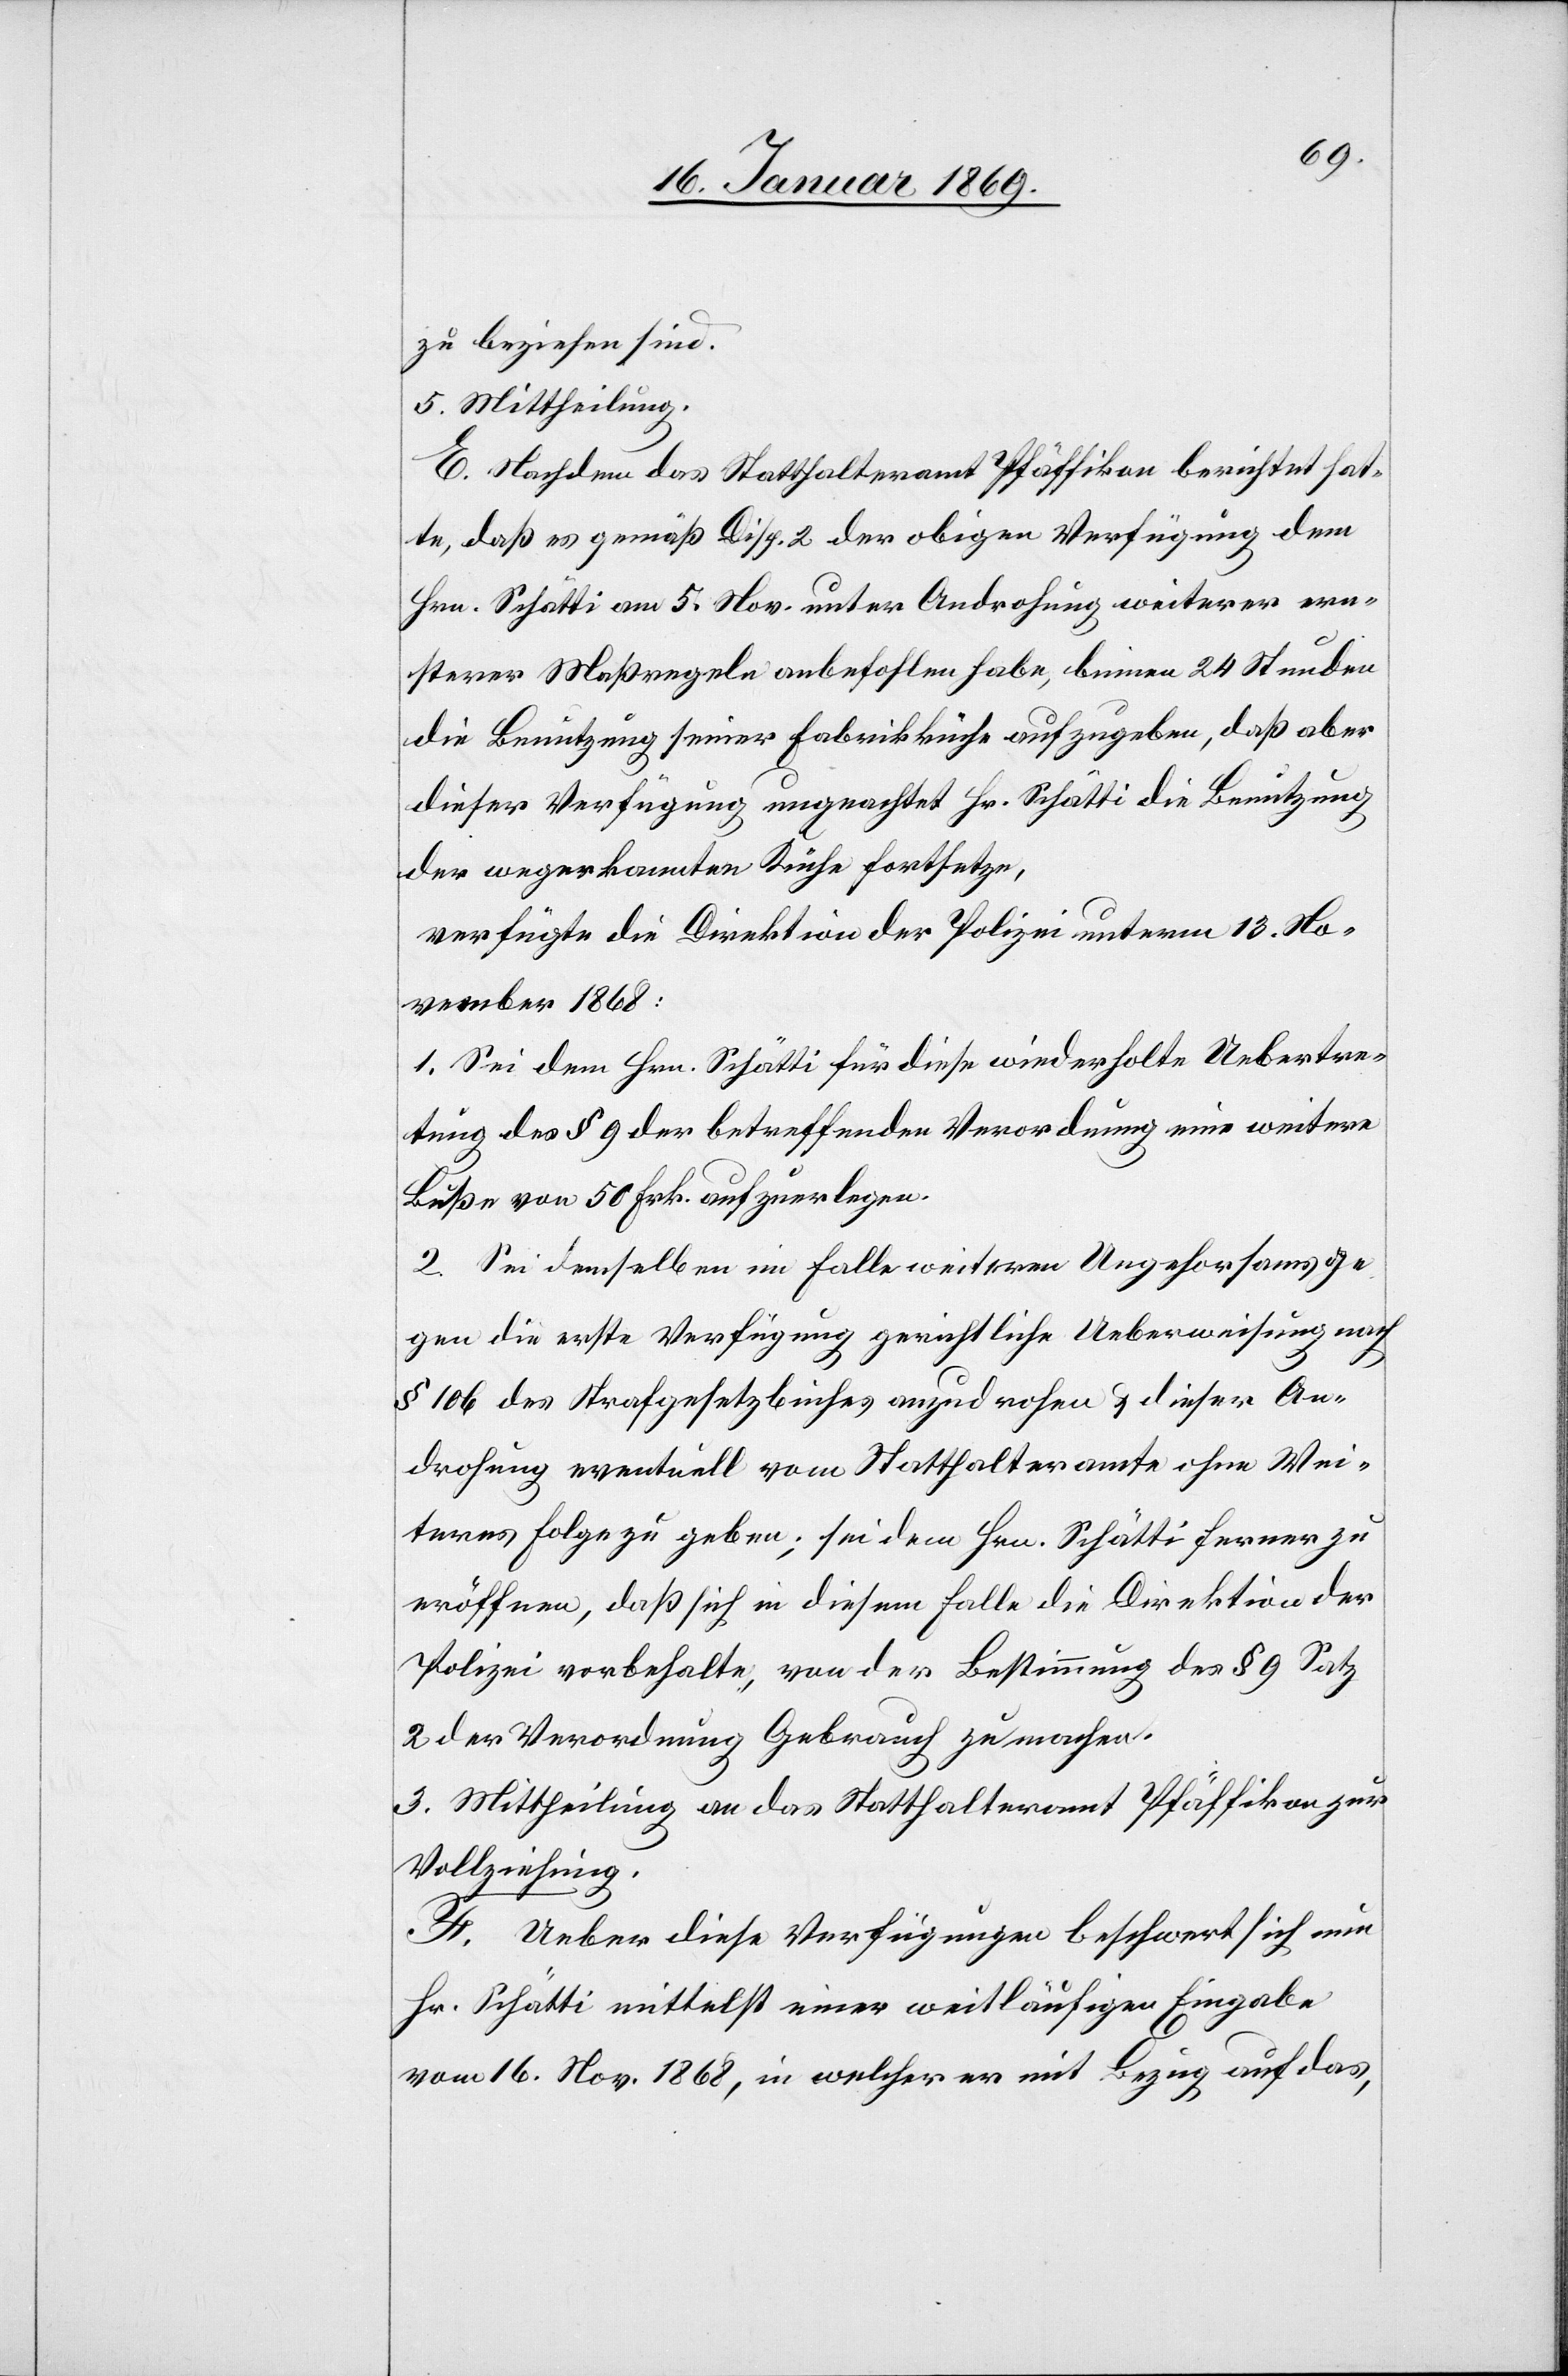
zu beziehen sind.
5. Mittheilung.
E. Nachdem das Statthalteramt Pfäffikon berichtet hat¬
te, daß es gemäß Disp. 2 der obigen Verfügung dem
Hrn. Schätti am 5. Nov. unter Androhung weiterer ern¬
sterer Maßregeln anbefohlen habe, binnen 24 Stunden
die Benützung seiner Fabrikküche aufzugeben, daß aber
dieser Verfügung ungeachtet Hr. Schätti die Benutzung
der wegerkannten Küche fortsetze,
verfügte die Direktion der Polizei unterm 13 No¬
vember 1868:
1. Sei dem Hrn. Schätti für diese wiederholte Uebertre¬
tung des § 9 der betreffenden Verordnung eine weitere
Buße von 50 Frk. aufzuerlegen.
2. Sei demselben im Falle weiteren Ungehorsams ge¬
gen die erste Verfügung gerichtliche Ueberweisung nach
§ 160 des Strafgesetzbuches anzudrohen u. dieser An¬
drohung eventuell vom Statthalteramte ohne Wei¬
teres Folge zu geben; sei dem Hrn. Schätti ferner zu
eröffnen, daß sich in diesem Falle die Direktion der
Polizei vorbehalte, von der Bestimmung des § 9 Satz
2 der Verordnung Gebrauch zu machen.
3. Mittheilung an das Statthalteramt Pfäffikon zur
Vollziehung.
F. Ueber diese Verfügungen beschwert sich nun
Hr. Schätti mittelst einer weitläufigen Eingabe
vom 16 Nov. 1868, in welcher er mit Bezug auf das,